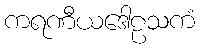
ကရဏီယဒေါဠသကံ